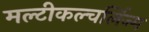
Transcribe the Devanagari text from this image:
मल्टीकल्चर्लिज्म